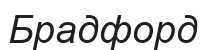
Брадфорд